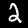
Digit: 2